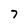
Character: 7